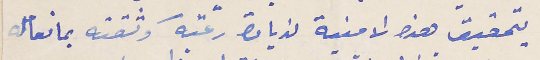
بتحقيق هذا الامنية لزيادة رغبته وثقته بما تعامله